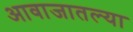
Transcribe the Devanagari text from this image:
आवाजातल्या